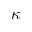
\kappa